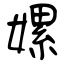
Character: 嫘